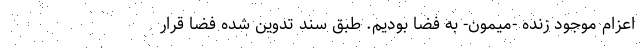
اعزام موجود زنده -میمون- به فضا بودیم. طبق سند تدوین شده فضا قرار